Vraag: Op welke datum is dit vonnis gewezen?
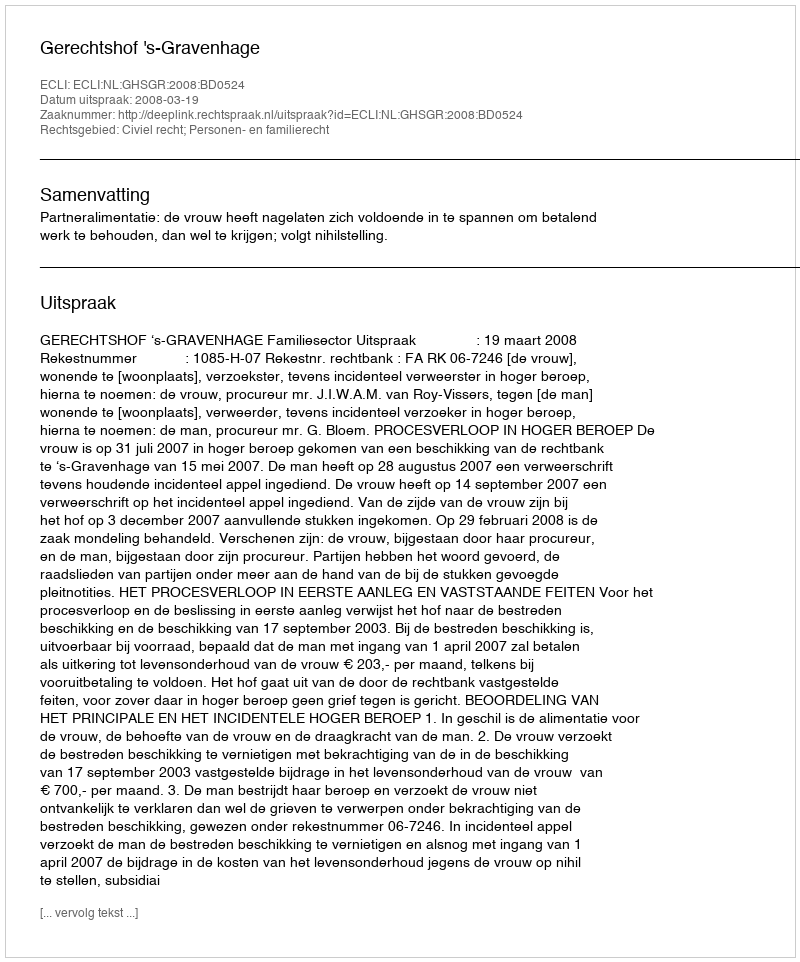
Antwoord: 2008-03-19